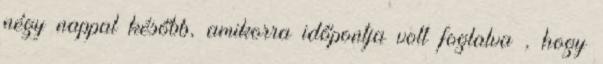
négy nappal később, amikorra időpontja volt foglalva , hogy